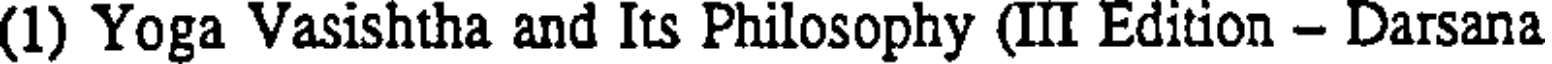
(1) Yoga Vasishtha and Its Philosophy (III Edition - Darsana